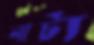
নাট্য